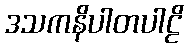
ဒသကနိပါတပါဠိ